Statistics compiled by the Government of India from the reports of provincial Civil Veterinary Departments
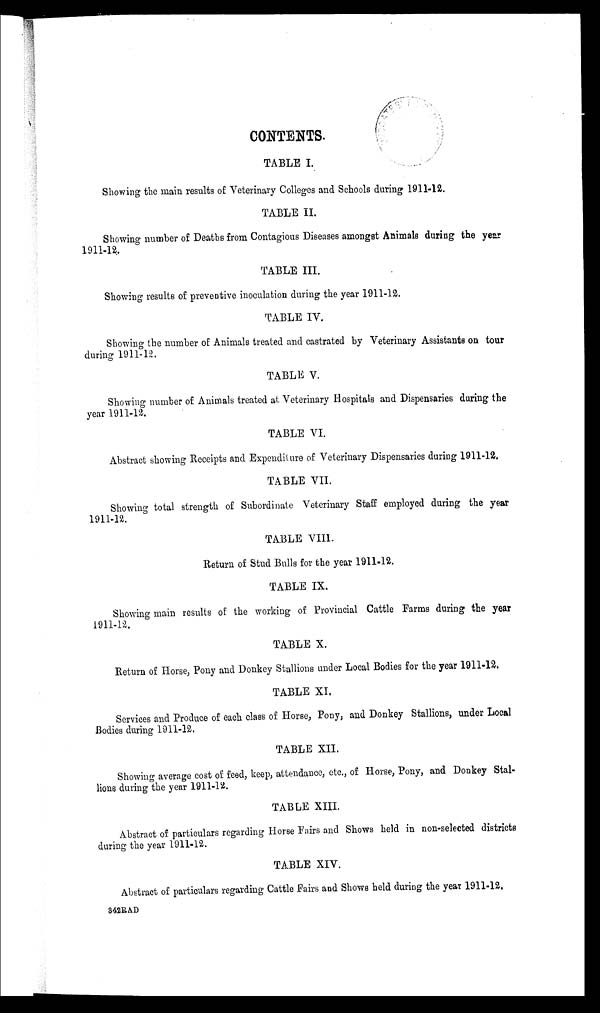
CONTENTS.
TABLE I.
Showing the main results of Veterinary Colleges and Schools during 1911-12.
TABLE II.
Showing number of Deaths from Contagious Diseases amongst Animals during the year
1911-12.
TABLE III.
Showing results of preventive inoculation during the year 1911-12.
TABLE IV.
Showing the number of Animals treated and castrated by Veterinary Assistants on tour
during 1911-12.
TABLE V.
Showing number of Animals treated at Veterinary Hospitals and Dispensaries during the
year 1911-12.
TABLE VI.
Abstract showing Receipts and Expenditure of Veterinary Dispensaries du
TABLE VII.
Showing total strength of Subordinate Veterinary Staff employed during th
1911-12.
TABLE VIII.
Return of Stud Bulls for the year 1911-12.
TABLE IX.
Showing main results of the working of Provincial Cattle Farms during the year
1911-12.
TABLE X.
Return of Horse, Pony and Donkey Stallions under Local Bodies for the year 1911-12.
TABLE XI.
Services and Produce of each class of Horse, Pony, and Donkey Stallions, under Local
Bodies during 1911-12.
TABLE XII.
Showing average cost of feed, keep, attendance, etc., of Horse, Pony, and Donkey Stal-
lions during the year 1911-12.
TABLE XIII.
Abstract of particulars regarding Horse Fairs and Shows held in non-selected districts
during the year 1911-12.
TABLE XIV.
Abstract of particulars regarding Cattle Fairs and Shows held during the year 1911-12.
342RAD